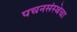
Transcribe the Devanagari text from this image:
पचनसंस्थेचा